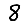
Digit: 8